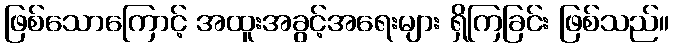
ဖြစ်သောကြောင့် အထူးအခွင့်အရေးများ ရှိကြခြင်း ဖြစ်သည်။